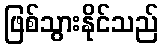
ဖြစ်သွားနိုင်သည်